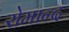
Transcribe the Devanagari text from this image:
रोमान्द